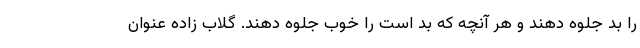
را بد جلوه دهند و هر آنچه که بد است را خوب جلوه دهند. گلاب زاده عنوان